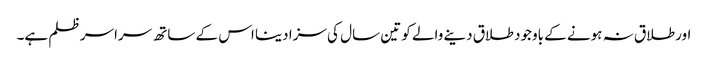
اور طلاق نہ ہونے کے باوجود طلاق دینے والے کو تین سال کی سزا دینا اس کے ساتھ سراسر ظلم ہے۔